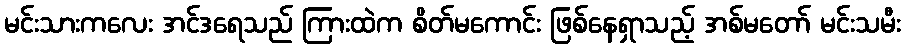
မင်းသားကလေး အင်ဒရေသည် ကြားထဲက စိတ်မကောင်း ဖြစ်နေရှာသည့် အစ်မတော် မင်းသမီး